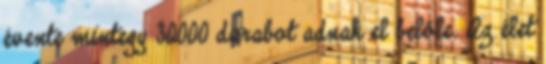
évente mintegy 30000 darabot adnak el belőle. Az élet